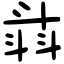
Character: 𣁾